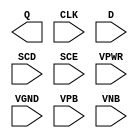
module sky130_fd_sc_ls__sdfxtp (
    Q   ,
    CLK ,
    D   ,
    SCD ,
    SCE ,
    VPWR,
    VGND,
    VPB ,
    VNB
);

    output Q   ;
    input  CLK ;
    input  D   ;
    input  SCD ;
    input  SCE ;
    input  VPWR;
    input  VGND;
    input  VPB ;
    input  VNB ;
endmodule